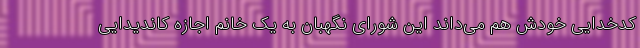
کدخدایی خودش هم می‌داند این شورای نگهبان به یک خانم اجازه کاندیدایی